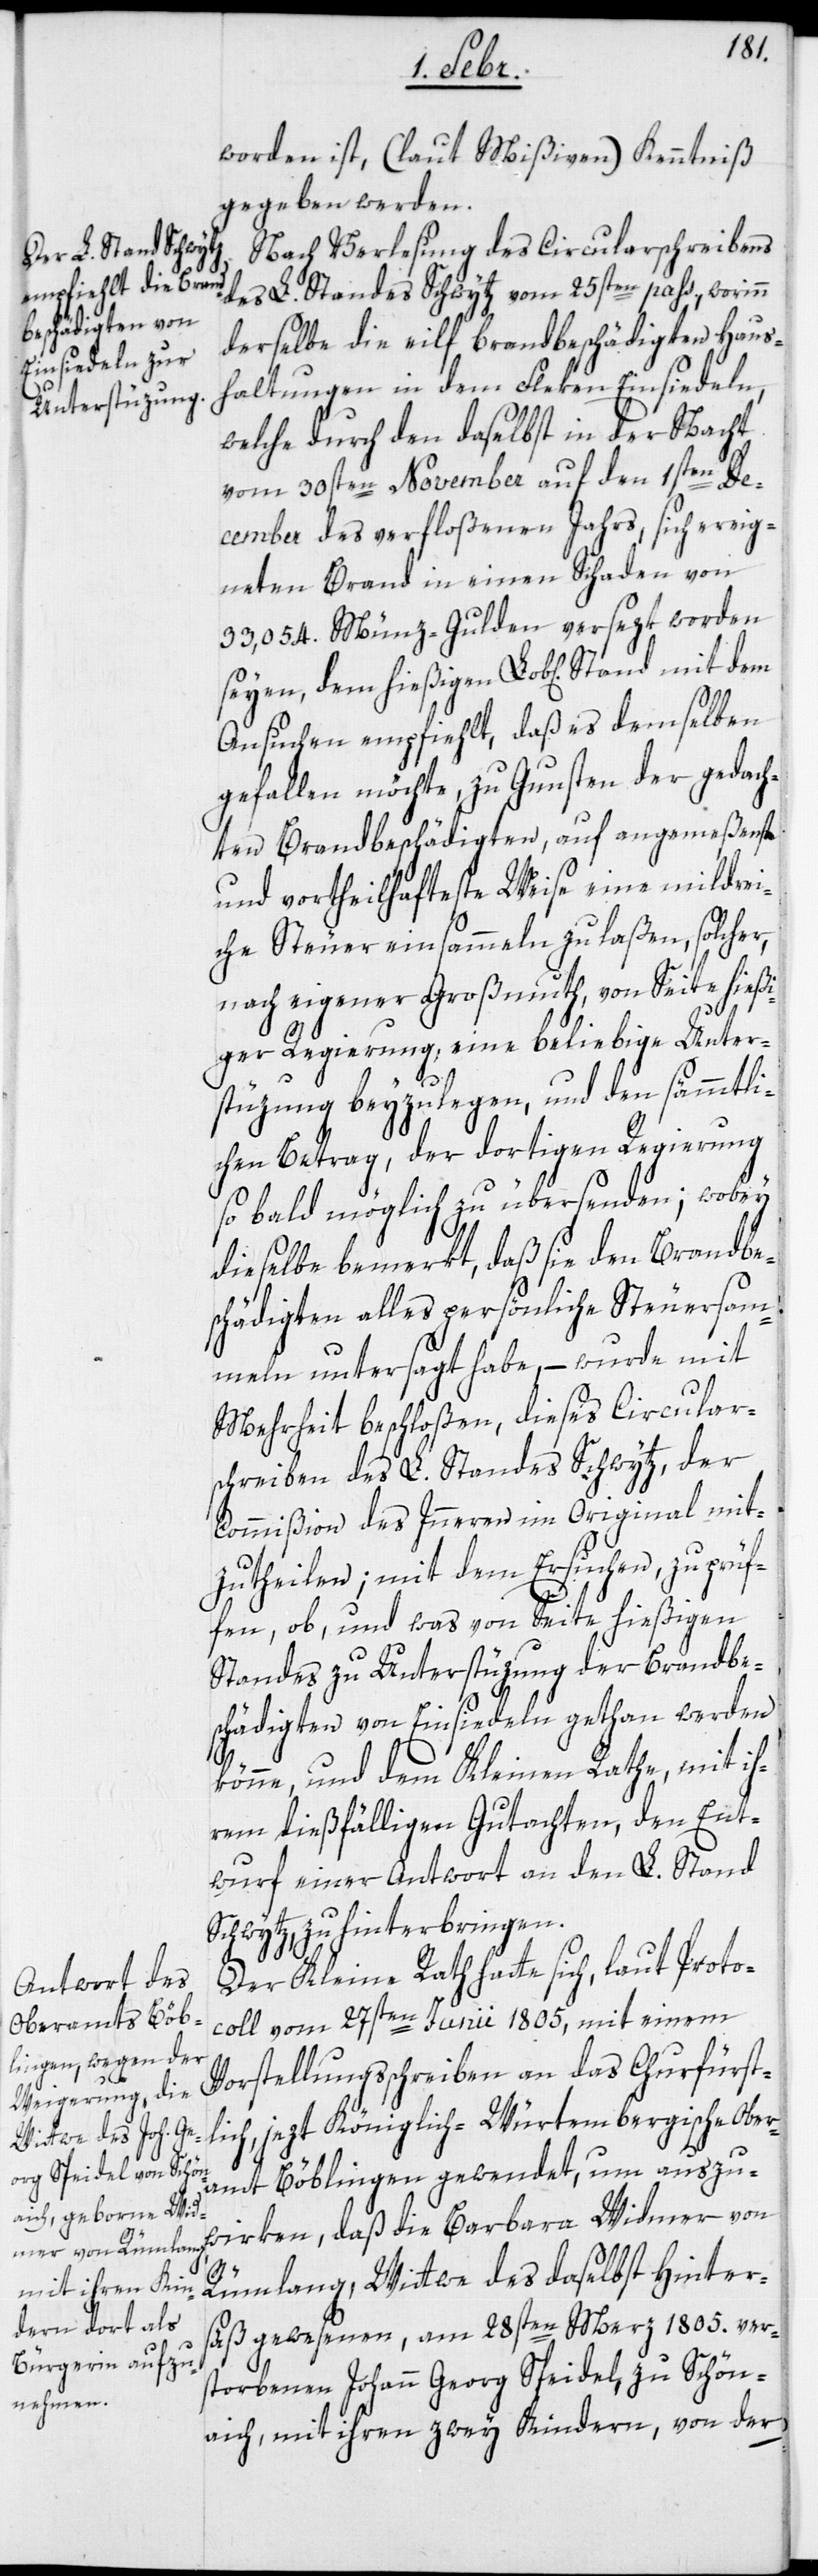
des L. Standes

schreiben
worden ist, (laut Mißiven) Kenntniß
gegeben werden.
Nach Verlesung des Circularschreibens
des L. Standes Schwytz vom 25sten pass., worinn
derselbe die eilf brandbeschädigten Haus¬
haltungen in dem Fleken Einsiedeln,
welche durch den daselbst in der Nacht
vom 30sten November auf den 1sten De¬
cember des verfloßenen Jahrs, sich ereig¬
neten Brand in einen Schaden von
33,054. Münz-Gulden versezt worden
seyen, dem hießigen Lob[lichen] Stand
Ansuchen empfiehlt, daß es demselben
gefallen möchte, zu Gunsten der gedach¬
ten Brandbeschädigten auf angemeßenste
und vortheilhafteste Weise eine mildrei¬
che Steuer einsammeln zu laßen, solcher,
nach eigener Großmuth, von Seite hießi¬
ger Regierung, eine beliebige Unter¬
stüzung beyzulegen, und den sämmtli¬
chen Betrag, der dortigen Regierung
so bald möglich zu übersenden; wobey
dieselbe bemerkt, daß sie den Brandbe¬
schädigten alles persönliche Steuersam¬
meln untersagt habe, – wurde mit
Mehrheit beschloßen, dieses Circular¬
Commißion des Inneren im Original mit¬
zutheilen; mit dem Ersuchen, zu prüf¬
fen, ob, und was von Seite hießigen
Standes zu Unterstüzung der Brandbe¬
schädigten von Einsiedeln gethan werden
könne, und dem Kleinen Rathe, mit ih¬
rem dießfälligen Gutachten, den Ent¬
wurf einer Antwort an den L. Stand
Schwytz, zu hinterbringen.
Der Kleine Rath hatte sich, laut Protoc¬
oll vom 27sten Junii 1805, mit einem
Vorstellungsschreiben an das Churfürst¬
lich, jezt Königlich-Würtembergische Ober¬
amt Böblingen gewendet, um auszu¬
wirken, daß die Barbara Widmer von
Rümlang, Wittwe des daselbst Hinter¬
säß gewesenen, am 28sten Merz 1805. ver¬
storbenen Johann Georg Speidel, zu Schön¬
aich, mit ihren zwey Kindern, von der